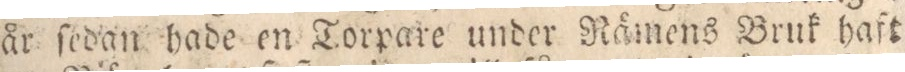
år ſedan hade en Torpare under Rämens Bruk haft